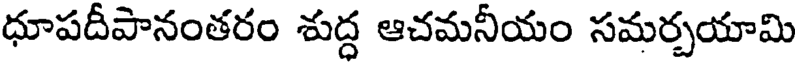
ధూపదీపానంతరం శుద్ధ ఆచమనీయం సమర్చయామి